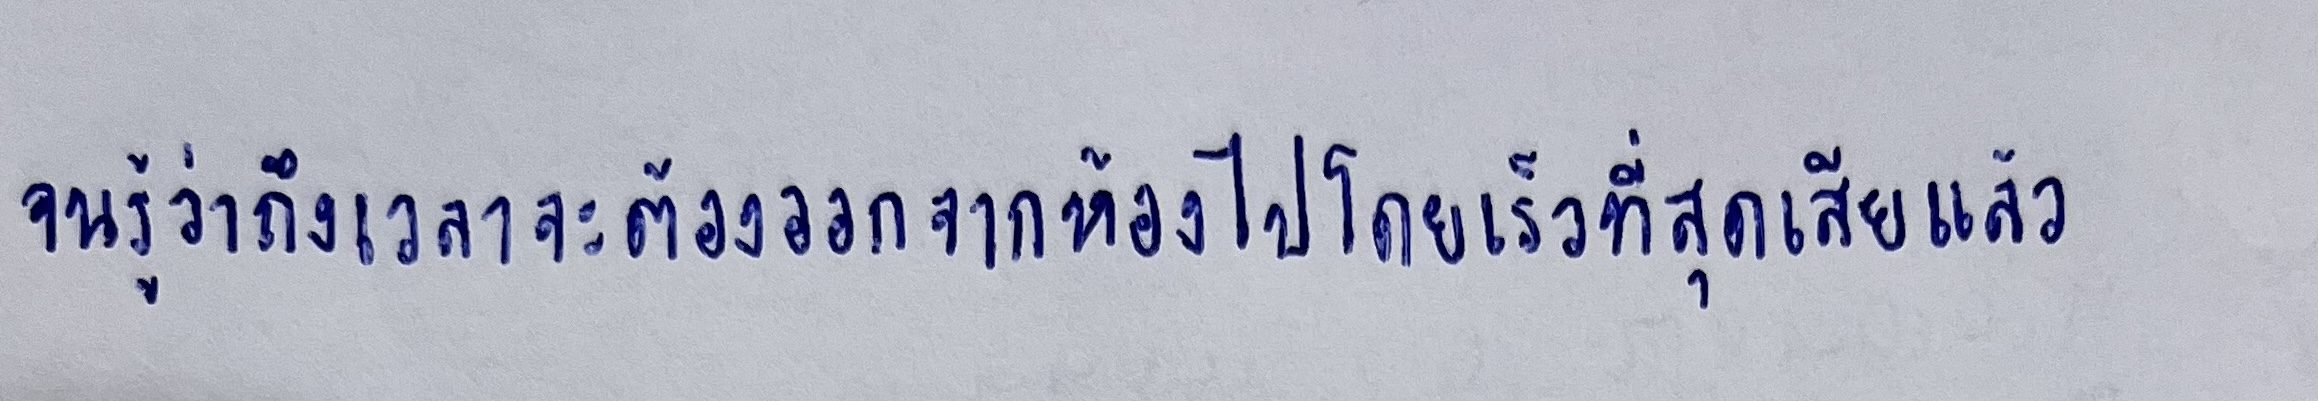
จนรู้ว่าถึงเวลาจะต้องออกจากห้องไปโดยเร็วที่สุดเสียแล้ว